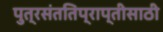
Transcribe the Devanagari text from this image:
पुत्रसंततिप्राप्तीसाठी